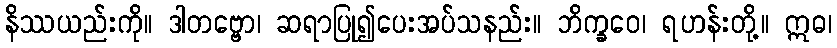
နိဿယည်းကို။ ဒါတဗ္ဗော၊ ဆရာပြု၍ပေးအပ်သနည်း။ ဘိက္ခဝေ၊ ရဟန်းတို့။ ဣဓ၊